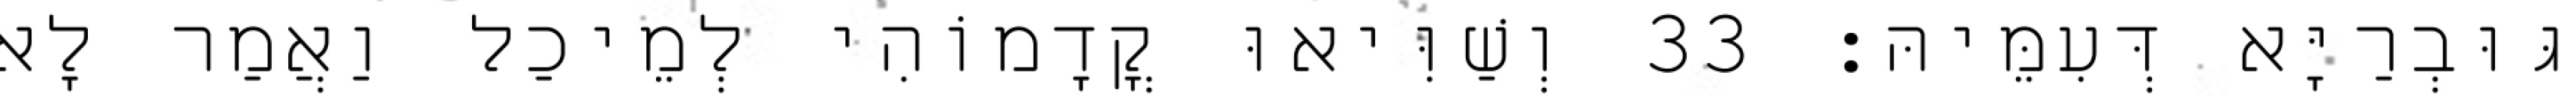
גּוּבְרַיָּא דְּעִמֵּיהּ׃ 33 וְשַׁוִּיאוּ קֳדָמוֹהִי לְמֵיכַל וַאֲמַר לָא